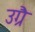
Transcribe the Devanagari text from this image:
उग्रै